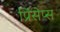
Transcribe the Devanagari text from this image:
प्रिंसेप्स